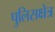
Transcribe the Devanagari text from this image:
पुलिसक्षेत्र